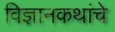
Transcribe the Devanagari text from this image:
विज्ञानकथांचे